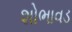
શોભાવડ